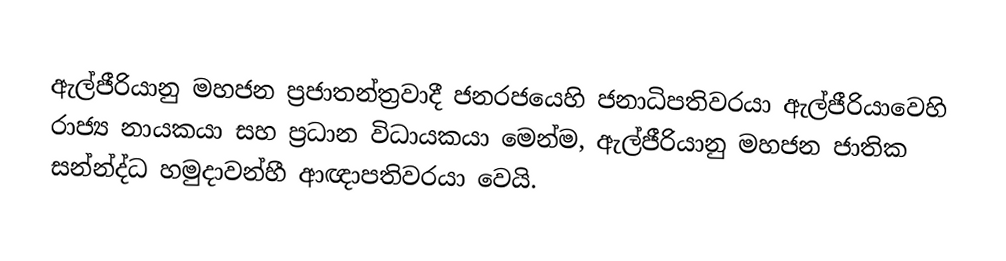
ඇල්ජීරියානු මහජන ප්‍රජාතන්ත්‍රවාදී ජනරජයෙහි ජනාධිපතිවරයා ඇල්ජීරියාවෙහි රාජ්‍ය නායකයා සහ ප්‍රධාන විධායකයා මෙන්ම,  ඇල්ජීරියානු මහජන ජාතික සන්න්ද්ධ හමුදාවන්හී ආඥාපතිවරයා වෙයි.